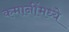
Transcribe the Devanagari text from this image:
कमानींमध्ये